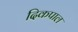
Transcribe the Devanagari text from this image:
दिकपाल